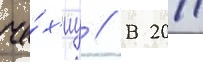
че́х'иу // В 2011